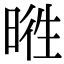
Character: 𣇭